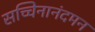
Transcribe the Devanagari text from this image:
सच्चिनानंदमन